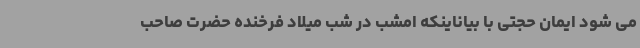
می شود ایمان حجتی با بیاناینکه امشب در شب میلاد فرخنده حضرت صاحب